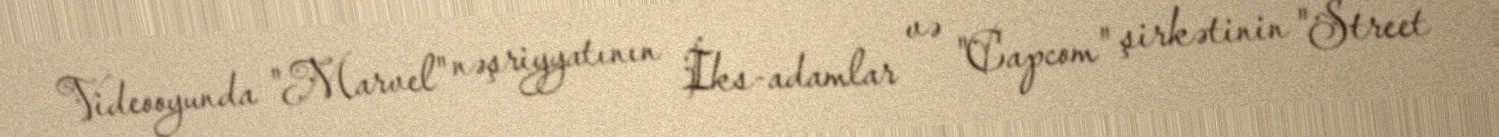
Videooyunda "Marvel" nəşriyyatının İks-adamlar və "Capcom" şirkətinin "Street